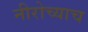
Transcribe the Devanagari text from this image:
नीरोच्याच